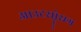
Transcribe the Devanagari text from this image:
आउटसोॄसग